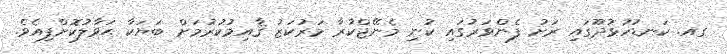
ގއ. ކަނޑުހުޅުދޫގައި ރަށު ފެންވަރުގައި ކުނި މެނޭޖްކުރާ މަރުކަޒު ޤާއިމުކުރުމަށް ބަޔަކާ ޙަވާލުކޮށްފިއެވެ.